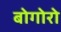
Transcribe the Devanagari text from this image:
बोगोरो